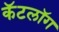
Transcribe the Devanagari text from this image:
कॅटलॉग